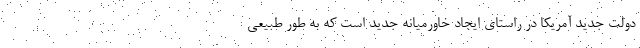
دولت جدید آمریکا در راستای ایجاد خاورمیانه جدید است که به طور طبیعی